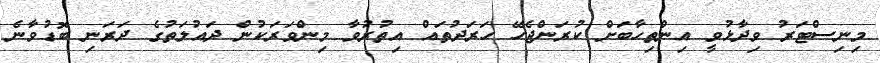
މިނިސްޓަރު ވިދާޅުވީ އިންތިހާބަށް ކުރަންޖެހޭ ހަރަދުތައް އިތުރުވާ މިންވަރަކުން ދައުލަތުގެ ދަރަނި ބޮޑުވާނެ